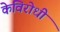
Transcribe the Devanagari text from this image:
केविरोधी